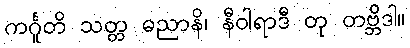
ကင်္ဂူတိ သတ္တ ဓညာနိ၊ နီဝါရာဒီ တု တဗ္ဘိဒါ။